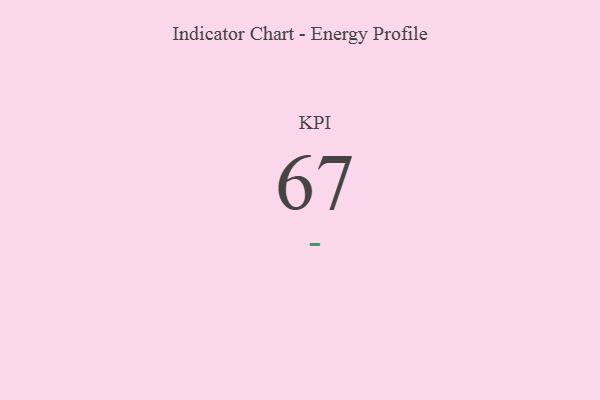
{"axis": {"x": "KPI", "y": "Value"}, "legend": [""], "data": [{"x": "KPI", "y": 67, "type": ""}]}